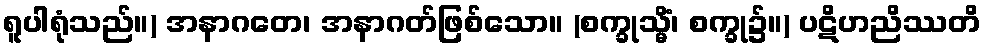
ရူပါရုံသည်။) အနာဂတေ၊ အနာဂတ်ဖြစ်သော။ (စက္ခုသ္မိံ၊ စက္ခု၌။) ပဋိဟညိဿတိ